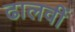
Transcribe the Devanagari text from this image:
ढालवीं